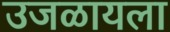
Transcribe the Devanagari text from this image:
उजळायला